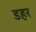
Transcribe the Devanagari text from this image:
डहर